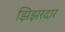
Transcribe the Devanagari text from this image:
झिझरदार